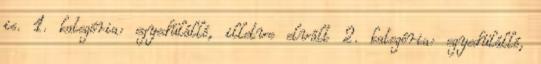
is. 1. kategória: egyedülálló, illetve elvált 2. kategória: egyedülálló,